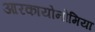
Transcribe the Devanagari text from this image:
आरकायोनोमिया